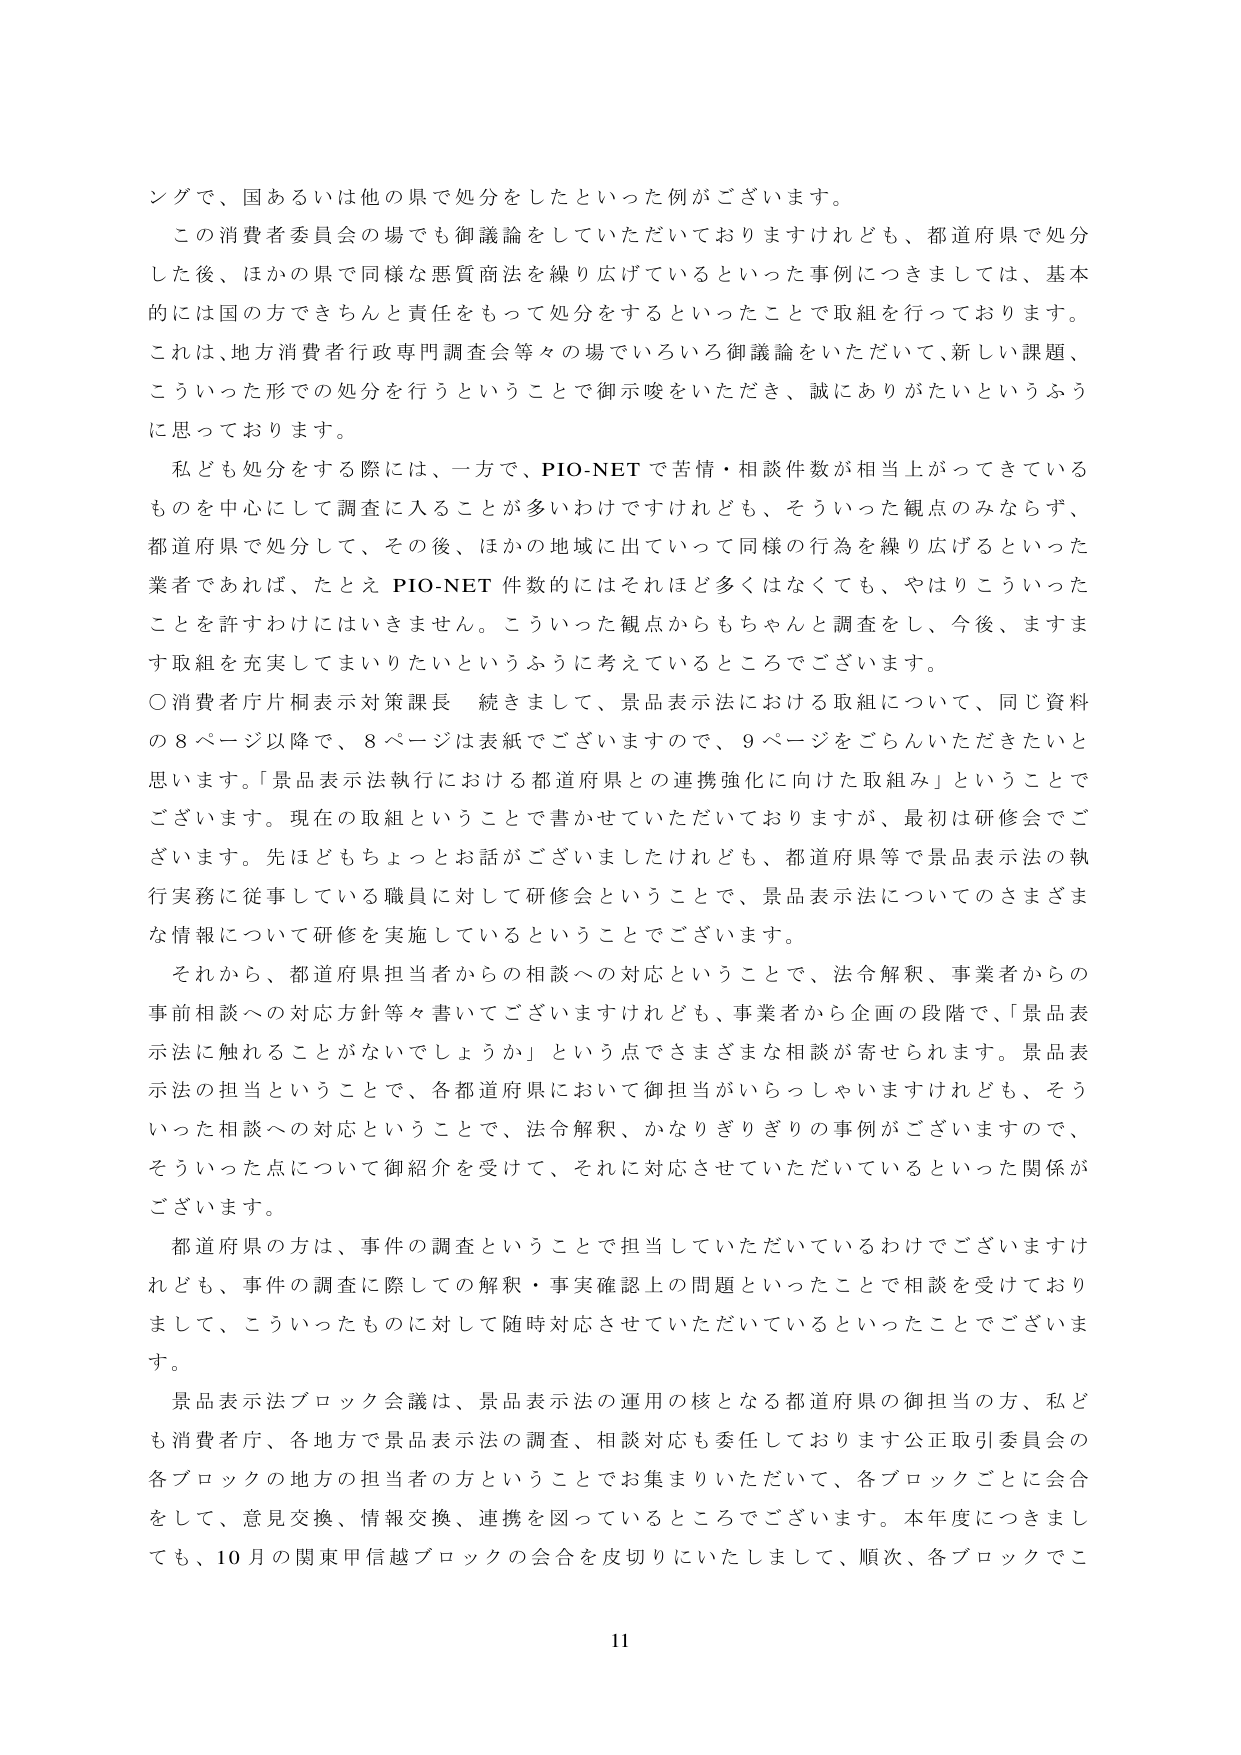
ングで、国あるいは他の県で処分をしたといった例がございます。

この消費者委員会の場でも御議論をしていただいておりますけれども、都道府県で処分した後、ほかの県で同様な悪質商法を繰り広げているといった事例につきましては、基本的には国の方できちんと責任をもって処分をするといったことで取組を行っております。これは、地方消費者行政専門調査会等々の場でいろいろ御議論をいただいて、新しい課題、こういった形での処分を行うということで御示唆をいただき、誠にありがたいというふうに思っております。

私ども処分をする際には、一方で、PIO-NET で苦情・相談件数が相当上がってきているものを中心にして調査に入ることが多いわけですがけれども、そういった観点のみならず、都道府県で処分して、その後、ほかの地域に出ていって同様の行為を繰り広げるといった業者であれば、たとえ PIO-NET 件数的にはそれほど多くはなくても、やはりこういったことを許すわけにはいきません。こういった観点からもちゃんと調査をし、今後、ますます取組を充実してまいりたいというふうに考えているところでございます。

〇消費者庁片桐表示対策課長 続きまして、景品表示法における取組について、同じ資料の８ページ以降で、８ページは表紙でございますので、９ページをごらんいただきたいと思います。「景品表示法執行における都道府県との連携強化に向けた取組み」ということでございます。現在の取組ということで書かせていただいておりますが、最初は研修会でございます。先ほどもちょっとお話ございましたけれども、都道府県等で景品表示法の執行実務に従事している職員に対して研修会ということで、景品表示法についてのさまざまな情報について研修を実施しているということでございます。

それから、都道府県担当者からの相談への対応ということで、法令解釈、事業者からの事前相談への対応方針等々書いてございますけれども、事業者から企画の段階で、「景品表示法に触れることがないでしょうか」という点でさまざまな相談が寄せられます。景品表示法の担当ということで、各都道府県において御担当がいらっしゃいますけれども、そういった相談への対応ということで、法令解釈、かなりぎりぎりの事例がございますので、そういった点について御紹介を受けて、それに対応させていただいているといった関係がございます。

都道府県の方は、事件の調査ということで担当していただいているわけでございますけれども、事件の調査に際しての解釈・事実確認上の問題といったことで相談を受けておりまして、こういったものに対して随時対応させていただいているといったことでございます。

景品表示法ブロック会議は、景品表示法の運用の核となる都道府県の御担当の方、私ども消費者庁、各地方で景品表示法の調査、相談対応も委任しております公正取引委員会の各ブロックの地方の担当者の方ということでお集まりいただいて、各ブロックごとに会合をして、意見交換、情報交換、連携を図っているところでございます。本年度につきましても、10月の関東甲信越ブロックの会合を皮切りにいたしまして、順次、各ブロックでこ

11